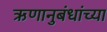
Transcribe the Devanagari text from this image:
ऋणानुबंधांच्या